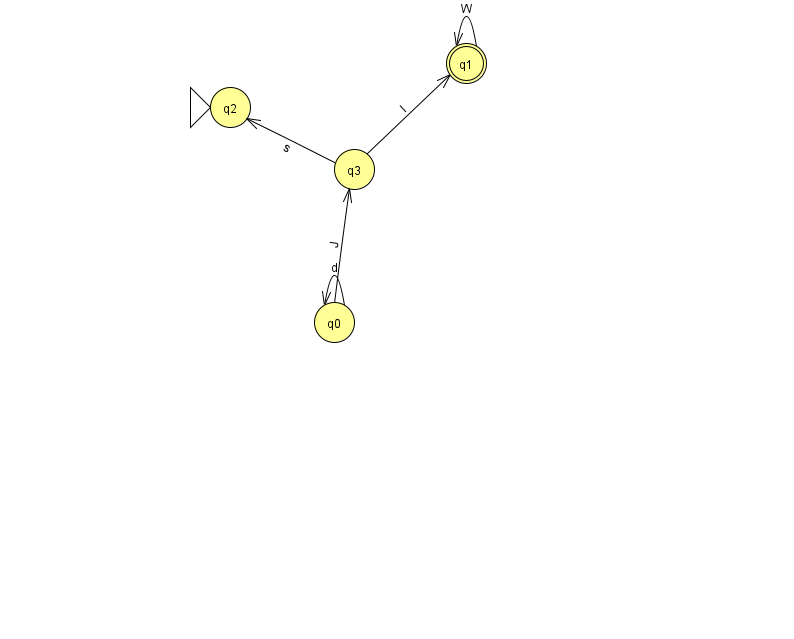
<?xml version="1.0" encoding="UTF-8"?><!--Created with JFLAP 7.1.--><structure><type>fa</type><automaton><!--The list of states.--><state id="0" name="q0"><x>334.0</x><y>309.0</y></state><state id="1" name="q1"><x>466.0</x><y>50.0</y><final/></state><state id="2" name="q2"><x>230.0</x><y>94.0</y><initial/></state><state id="3" name="q3"><x>354.0</x><y>156.0</y></state><!--The list of transitions.--><transition><from>0</from><to>0</to><read>d</read></transition><transition><from>1</from><to>1</to><read>W</read></transition><transition><from>0</from><to>3</to><read>J</read></transition><transition><from>3</from><to>1</to><read>I</read></transition><transition><from>3</from><to>2</to><read>s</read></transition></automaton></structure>